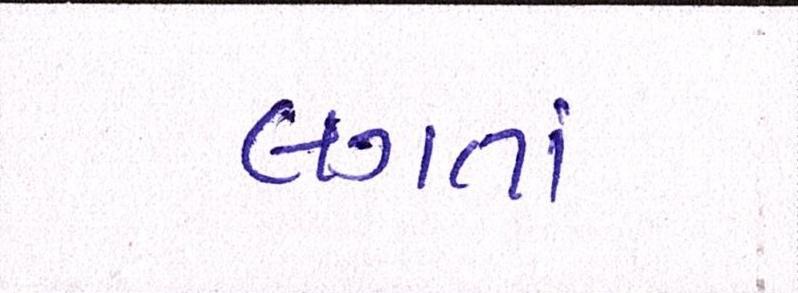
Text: લગતાં